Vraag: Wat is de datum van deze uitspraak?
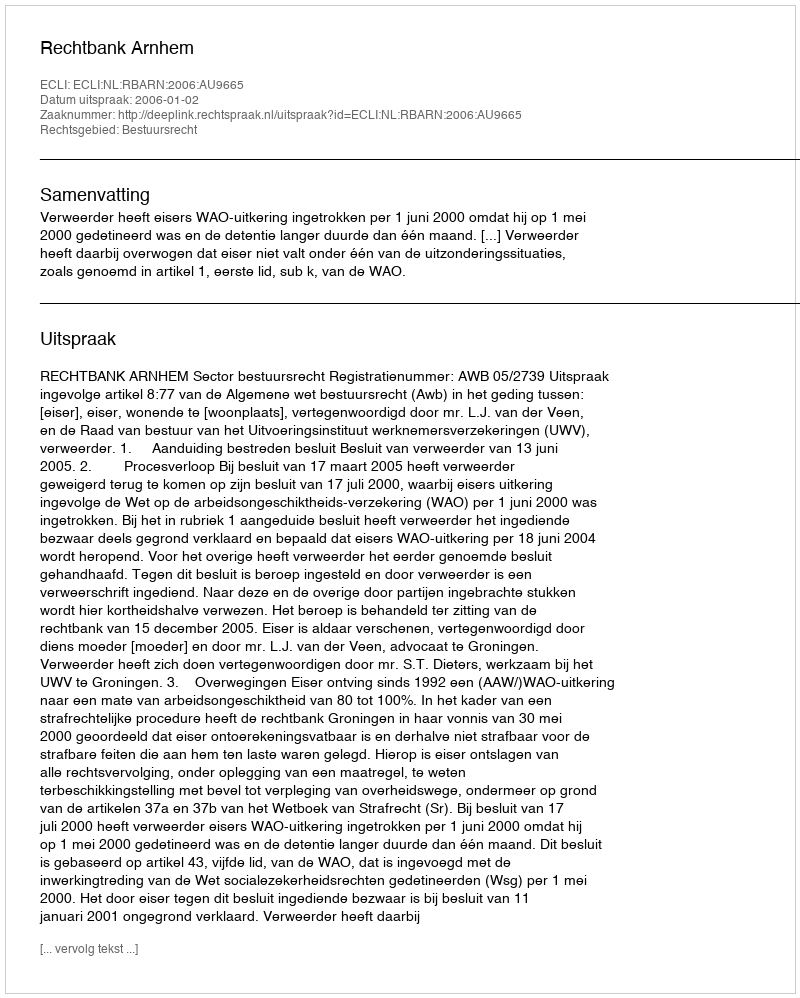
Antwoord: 2006-01-02